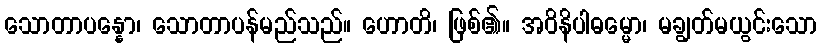
သောတာပန္နော၊ သောတာပန်မည်သည်။ ဟောတိ၊ ဖြစ်၏။ အဝိနိပါဓမ္မော၊ မချွတ်မယွင်းသော